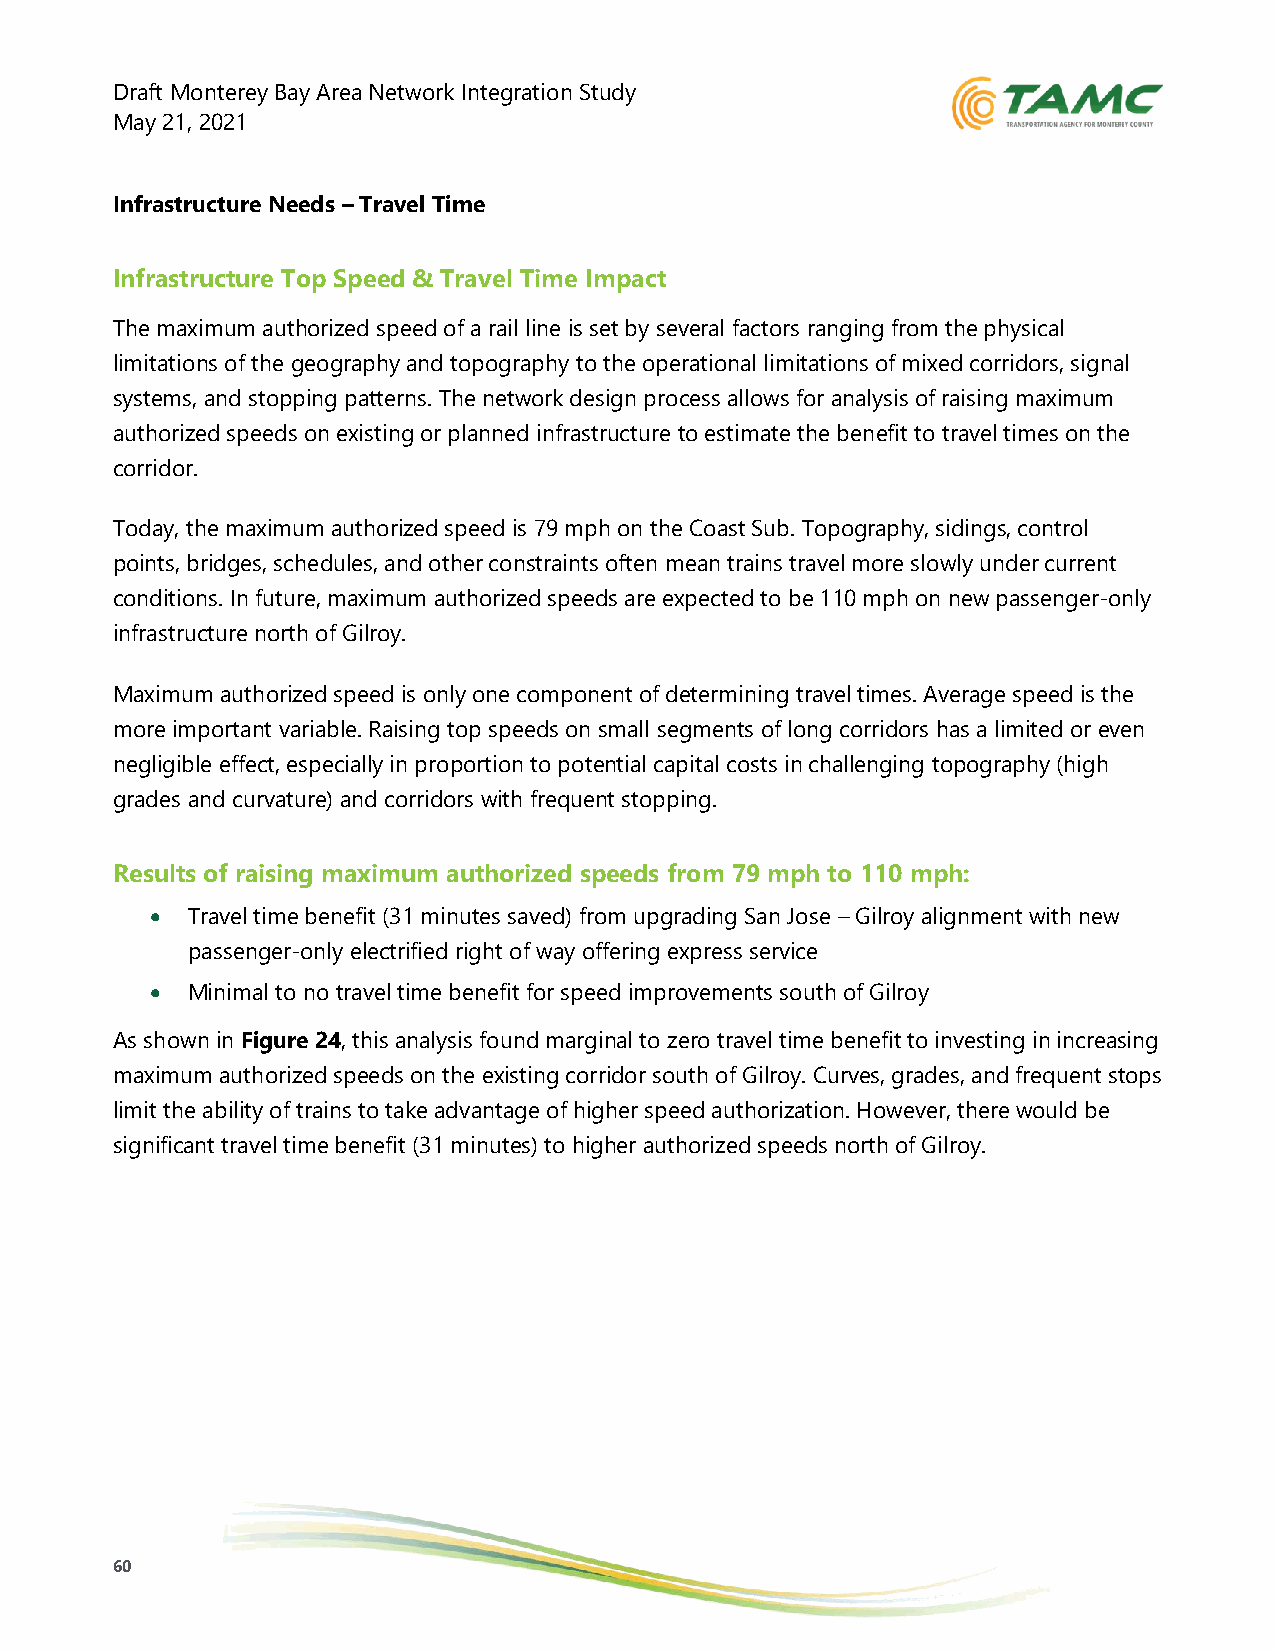
Draft Monterey Bay Area Network Integration Study
 May 21, 2021
 Infrastructure Needs – Travel Time
 Infrastructure Top Speed & Travel Time Impact
 The maximum authorized speed of a rail line is set by several factors ranging from the physical
 limitations of the geography and topography to the operational limitations of mixed corridors, signal
 systems, and stopping patterns. The network design process allows for analysis of raising maximum
 authorized speeds on existing or planned infrastructure to estimate the benefit to travel times on the
 corridor.
 Today, the maximum authorized speed is 79 mph on the Coast Sub. Topography, sidings, control
 points, bridges, schedules, and other constraints often mean trains travel more slowly under current
 conditions. In future, maximum authorized speeds are expected to be 110 mph on new passenger-only
 infrastructure north of Gilroy.
 Maximum authorized speed is only one component of determining travel times. Average speed is the
 more important variable. Raising top speeds on small segments of long corridors has a limited or even
 negligible effect, especially in proportion to potential capital costs in challenging topography (high
 grades and curvature) and corridors with frequent stopping.
 Results of raising maximum authorized speeds from 79 mph to 110 mph:
 • Travel time benefit (31 minutes saved) from upgrading San Jose – Gilroy alignment with new
 passenger-only electrified right of way offering express service
 • Minimal to no travel time benefit for speed improvements south of Gilroy
 As shown in Figure 24, this analysis found marginal to zero travel time benefit to investing in increasing
 maximum authorized speeds on the existing corridor south of Gilroy. Curves, grades, and frequent stops
 limit the ability of trains to take advantage of higher speed authorization. However, there would be
 significant travel time benefit (31 minutes) to higher authorized speeds north of Gilroy.
 60